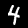
Digit: 4